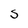
Character: S